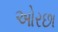
ઓરછા